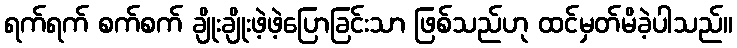
ရက်ရက် စက်စက် ချိုးချိုးဖဲ့ဖဲ့ပြောခြင်းသာ ဖြစ်သည်ဟု ထင်မှတ်မိခဲ့ပါသည်။